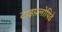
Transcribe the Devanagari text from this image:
टाइफ़्लोपिडे